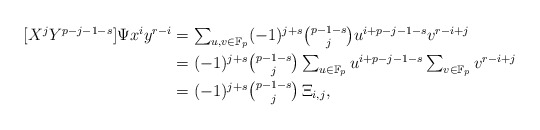
\begin{align*}\textstyle[X^jY^{p-j-1-s}]\Psi x^iy^{r-i} & \textstyle= \sum_{u,v \in \mathbb F_p} (-1)^{j+s} {p-1-s \choose j}u^{i+p-j-1-s}v^{r-i+j}\\ & \textstyle= (-1)^{j+s} {p-1-s \choose j} \sum_{u \in \mathbb F_p} u^{i+p-j-1-s} \sum_{v \in \mathbb F_p}v^{r-i+j}\\ & \textstyle= (-1)^{j+s} {p-1-s \choose j} \,\Xi_{i,j},\end{align*}